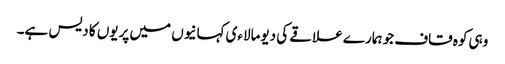
وہی کوہ قاف جو ہمارے علاقے کی دیومالاءی کہانیوں میں پریوں کا دیس ہے۔